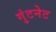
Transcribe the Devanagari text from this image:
गुंटनेट